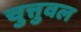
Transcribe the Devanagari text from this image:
चुत्तुवल